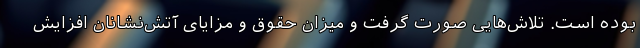
بوده است. تلاش‌هایی صورت گرفت و میزان حقوق و مزایای آتش‌نشانان افزایش